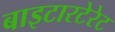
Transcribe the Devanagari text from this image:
बाइटारटेरेट